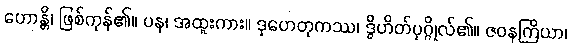
ဟောန္တိ၊ ဖြစ်ကုန်၏။ ပန၊ အထူးကား။ ဒုဟေတုကဿ၊ ဒွိဟိတ်ပုဂ္ဂိုလ်၏။ ဇဝနကြိယာ၊